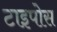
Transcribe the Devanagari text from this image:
टाइपोस